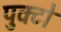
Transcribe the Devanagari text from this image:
पुक्टो